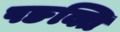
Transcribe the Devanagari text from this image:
पङक्ति